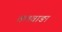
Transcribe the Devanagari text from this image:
तलवाङा